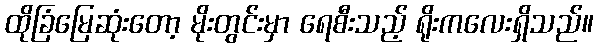
ထိုခြံမြေဆုံးတော့ မိုးတွင်းမှာ ရေစီးသည့် ရိုးကလေးရှိသည်။